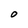
Character: O